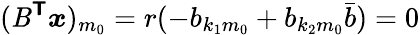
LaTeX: (\mathit{B}^{\boldsymbol{\mathsf{{T}}}}\boldsymbol{x})_{m_{0}}=r(-b_{{k_{1}}{m_{0}}}+b_{{k_{2}}{m_{0}}}\bar{{b}})=0